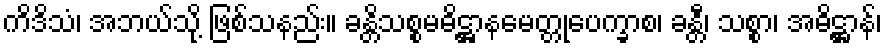
ကိဒိသံ၊ အဘယ်သို့ ဖြစ်သနည်း။ ခန္တိသစ္စမဓိဋ္ဌာနမေတ္တုပေက္ခာစ၊ ခန္တီ၊ သစ္စာ၊ အဓိဋ္ဌာန်၊